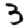
Digit: 3